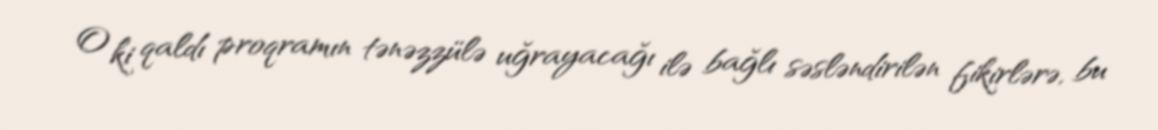
O ki qaldı proqramın tənəzzülə uğrayacağı ilə bağlı səsləndirilən fikirlərə, bu